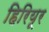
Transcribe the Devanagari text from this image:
हिरियूर